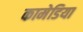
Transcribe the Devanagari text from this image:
कामेडिया